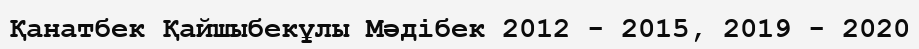
Қанатбек Қайшыбекұлы Мәдібек 2012 - 2015, 2019 - 2020